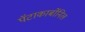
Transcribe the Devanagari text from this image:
पॅटाकार्बोनिल